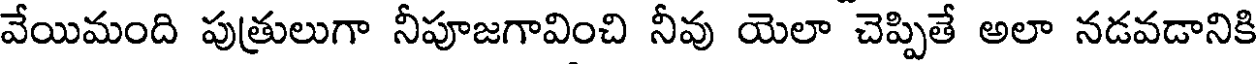
వేయిమంది పుత్రులుగా నీపూజగావించి నీవు యెలా చెప్పితే అలా నడవడానికి